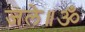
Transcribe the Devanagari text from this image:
जले॥ॐ